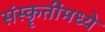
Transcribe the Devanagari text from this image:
संस्कॄतींमध्ये